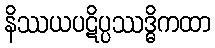
နိဿယပဋိပ္ပဿဒ္ဓိကထာ